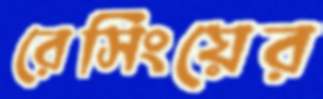
রেসিংয়ের